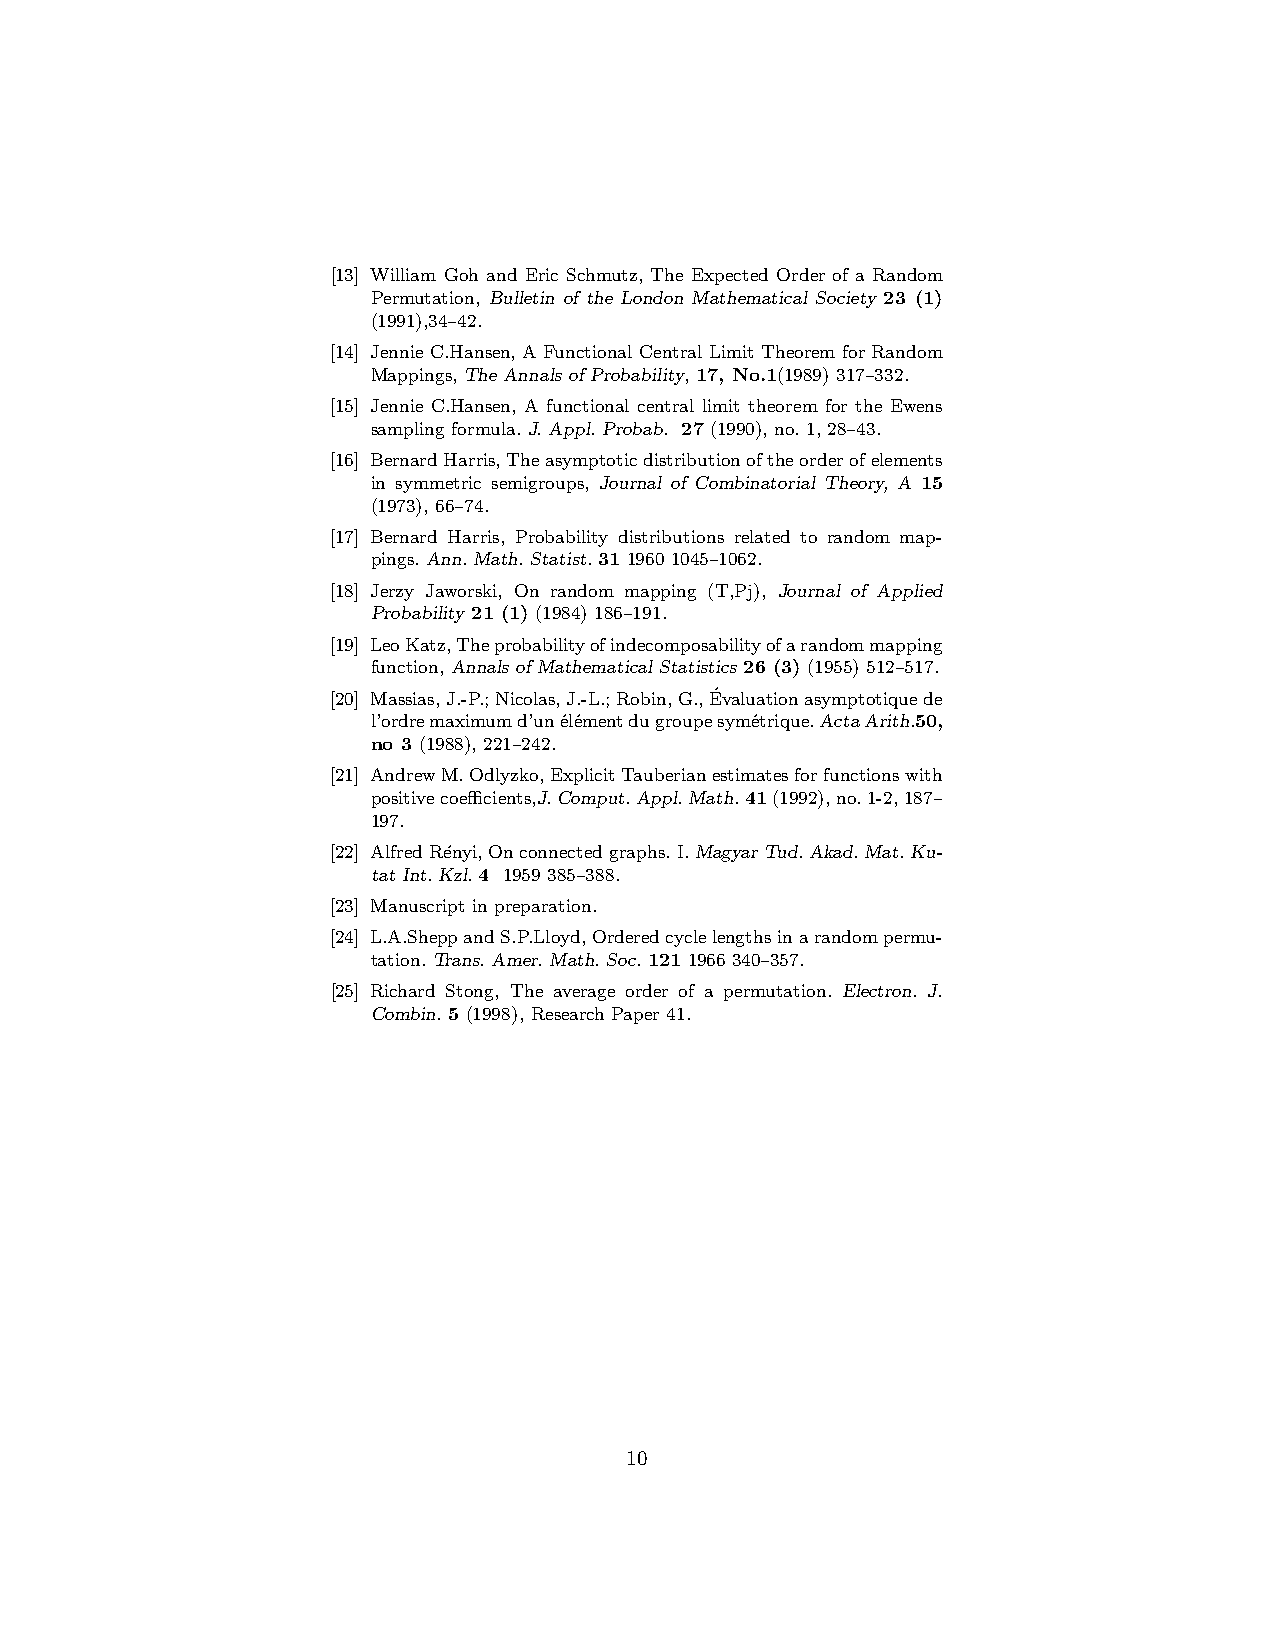
[13] William Goh and Eric Schmutz, The Expected Order of a Random
 Permutation, Bulletin of the London Mathematical Society 23 (1)
 (1991),34–42.
 [14] Jennie C.Hansen, A Functional Central Limit Theorem for Random
 Mappings, The Annalsof Probability, 17, No.1(1989) 317–332.
 [15] Jennie C.Hansen, A functional central limit theorem for the Ewens
 sampling formula. J. Appl. Probab. 27 (1990), no. 1, 28–43.
 [16] BernardHarris,Theasymptoticdistributionoftheorderofelements
 in symmetric semigroups, Journal of Combinatorial Theory, A 15
 (1973), 66–74.
 [17] Bernard Harris, Probability distributions related to random map-
 pings. Ann.Math. Statist. 31 1960 1045–1062.
 [18] Jerzy Jaworski, On random mapping (T,Pj), Journal of Applied
 Probability 21 (1) (1984) 186–191.
 [19] LeoKatz,Theprobabilityofindecomposabilityofarandommapping
 function, Annals of Mathematical Statistics 26 (3) (1955) 512–517.
 [20] Massias,J.-P.;Nicolas,J.-L.;Robin,G.,E´valuationasymptotiquede
 l’ordremaximumd’un´el´ementdugroupesym´etrique.ActaArith.50,
 no 3 (1988), 221–242.
 [21] AndrewM.Odlyzko,ExplicitTauberianestimatesforfunctionswith
 positivecoefficients,J.Comput.Appl.Math.41(1992),no.1-2,187–
 197.
 [22] Alfred R´enyi,Onconnectedgraphs.I.MagyarTud.Akad.Mat.Ku-
 tat Int.Kzl. 4 1959 385–388.
 [23] Manuscript in preparation.
 [24] L.A.SheppandS.P.Lloyd,Orderedcyclelengthsinarandompermu-
 tation. Trans. Amer. Math. Soc. 121 1966 340–357.
 [25] Richard Stong, The average order of a permutation. Electron. J.
 Combin. 5(1998), Research Paper 41.
 10